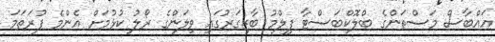
އައްބާސް މަސްތަންގެ ބްލޮކްބަސްޓާ ފިލްމު ބާޒިގަރުގައި ވިލަންގެ ރޯލު ކުޅުމަށް އެންމެ ފުރަތަމަ